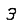
Digit: 3